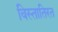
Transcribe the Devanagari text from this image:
विस्तातिरत